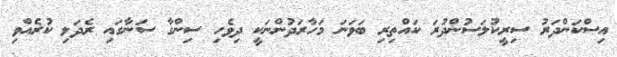
އިސްކަންދަރު ސިރީކުލަސުންދުރަ ކައްތިރި ބަވަނަ މަހާރަދުންނަކީ ދިވެހި ސިންގާ ސަނާގައި ރެދަލި ކުރެއްވި